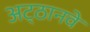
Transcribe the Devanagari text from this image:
अट्‍ठानवे